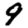
Digit: 9